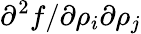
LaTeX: \partial^{2}f/\partial\rho_{i}\partial\rho_{j}